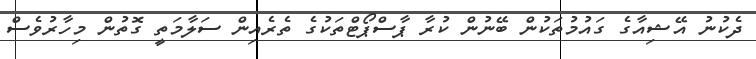
ދެކުނު އޭޝިއާގެ ގައުމުތަކުން ބޭނުން ކުރާ ޕާސްޕޯޓްތަކުގެ ތެރެއިން ސަލާމަތީ ގޮތުން މިހާރުވެސް